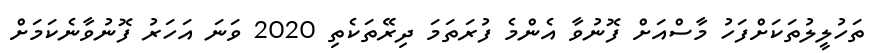
ތަހުލީލުތަކަށްފަހު މާސްއަށް ފޮނުވާ އެންމެ ފުރަތަމަ ދިރޭތަކެތި 2020 ވަނަ އަހަރު ފޮނުވާނެކަމަށް